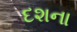
દશના